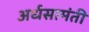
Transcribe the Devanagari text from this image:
अर्धसामंती